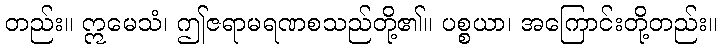
တည်း။ ဣမေသံ၊ ဤဇရာမရဏစသည်တို့၏။ ပစ္စယာ၊ အကြောင်းတို့တည်း။